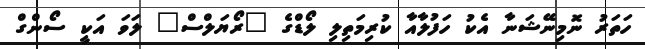
ހަތަރު ނޮމިނޭޝަނާ އެކު ހަފުލާއާ ކުރިމަތިލި ލޯޑްގެ "ރޯޔަލްސް" ލަވަ އަކީ ސޯންގް